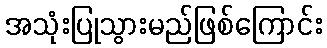
အသုံးပြုသွားမည်ဖြစ်ကြောင်း